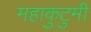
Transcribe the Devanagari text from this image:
महाकुटुमी